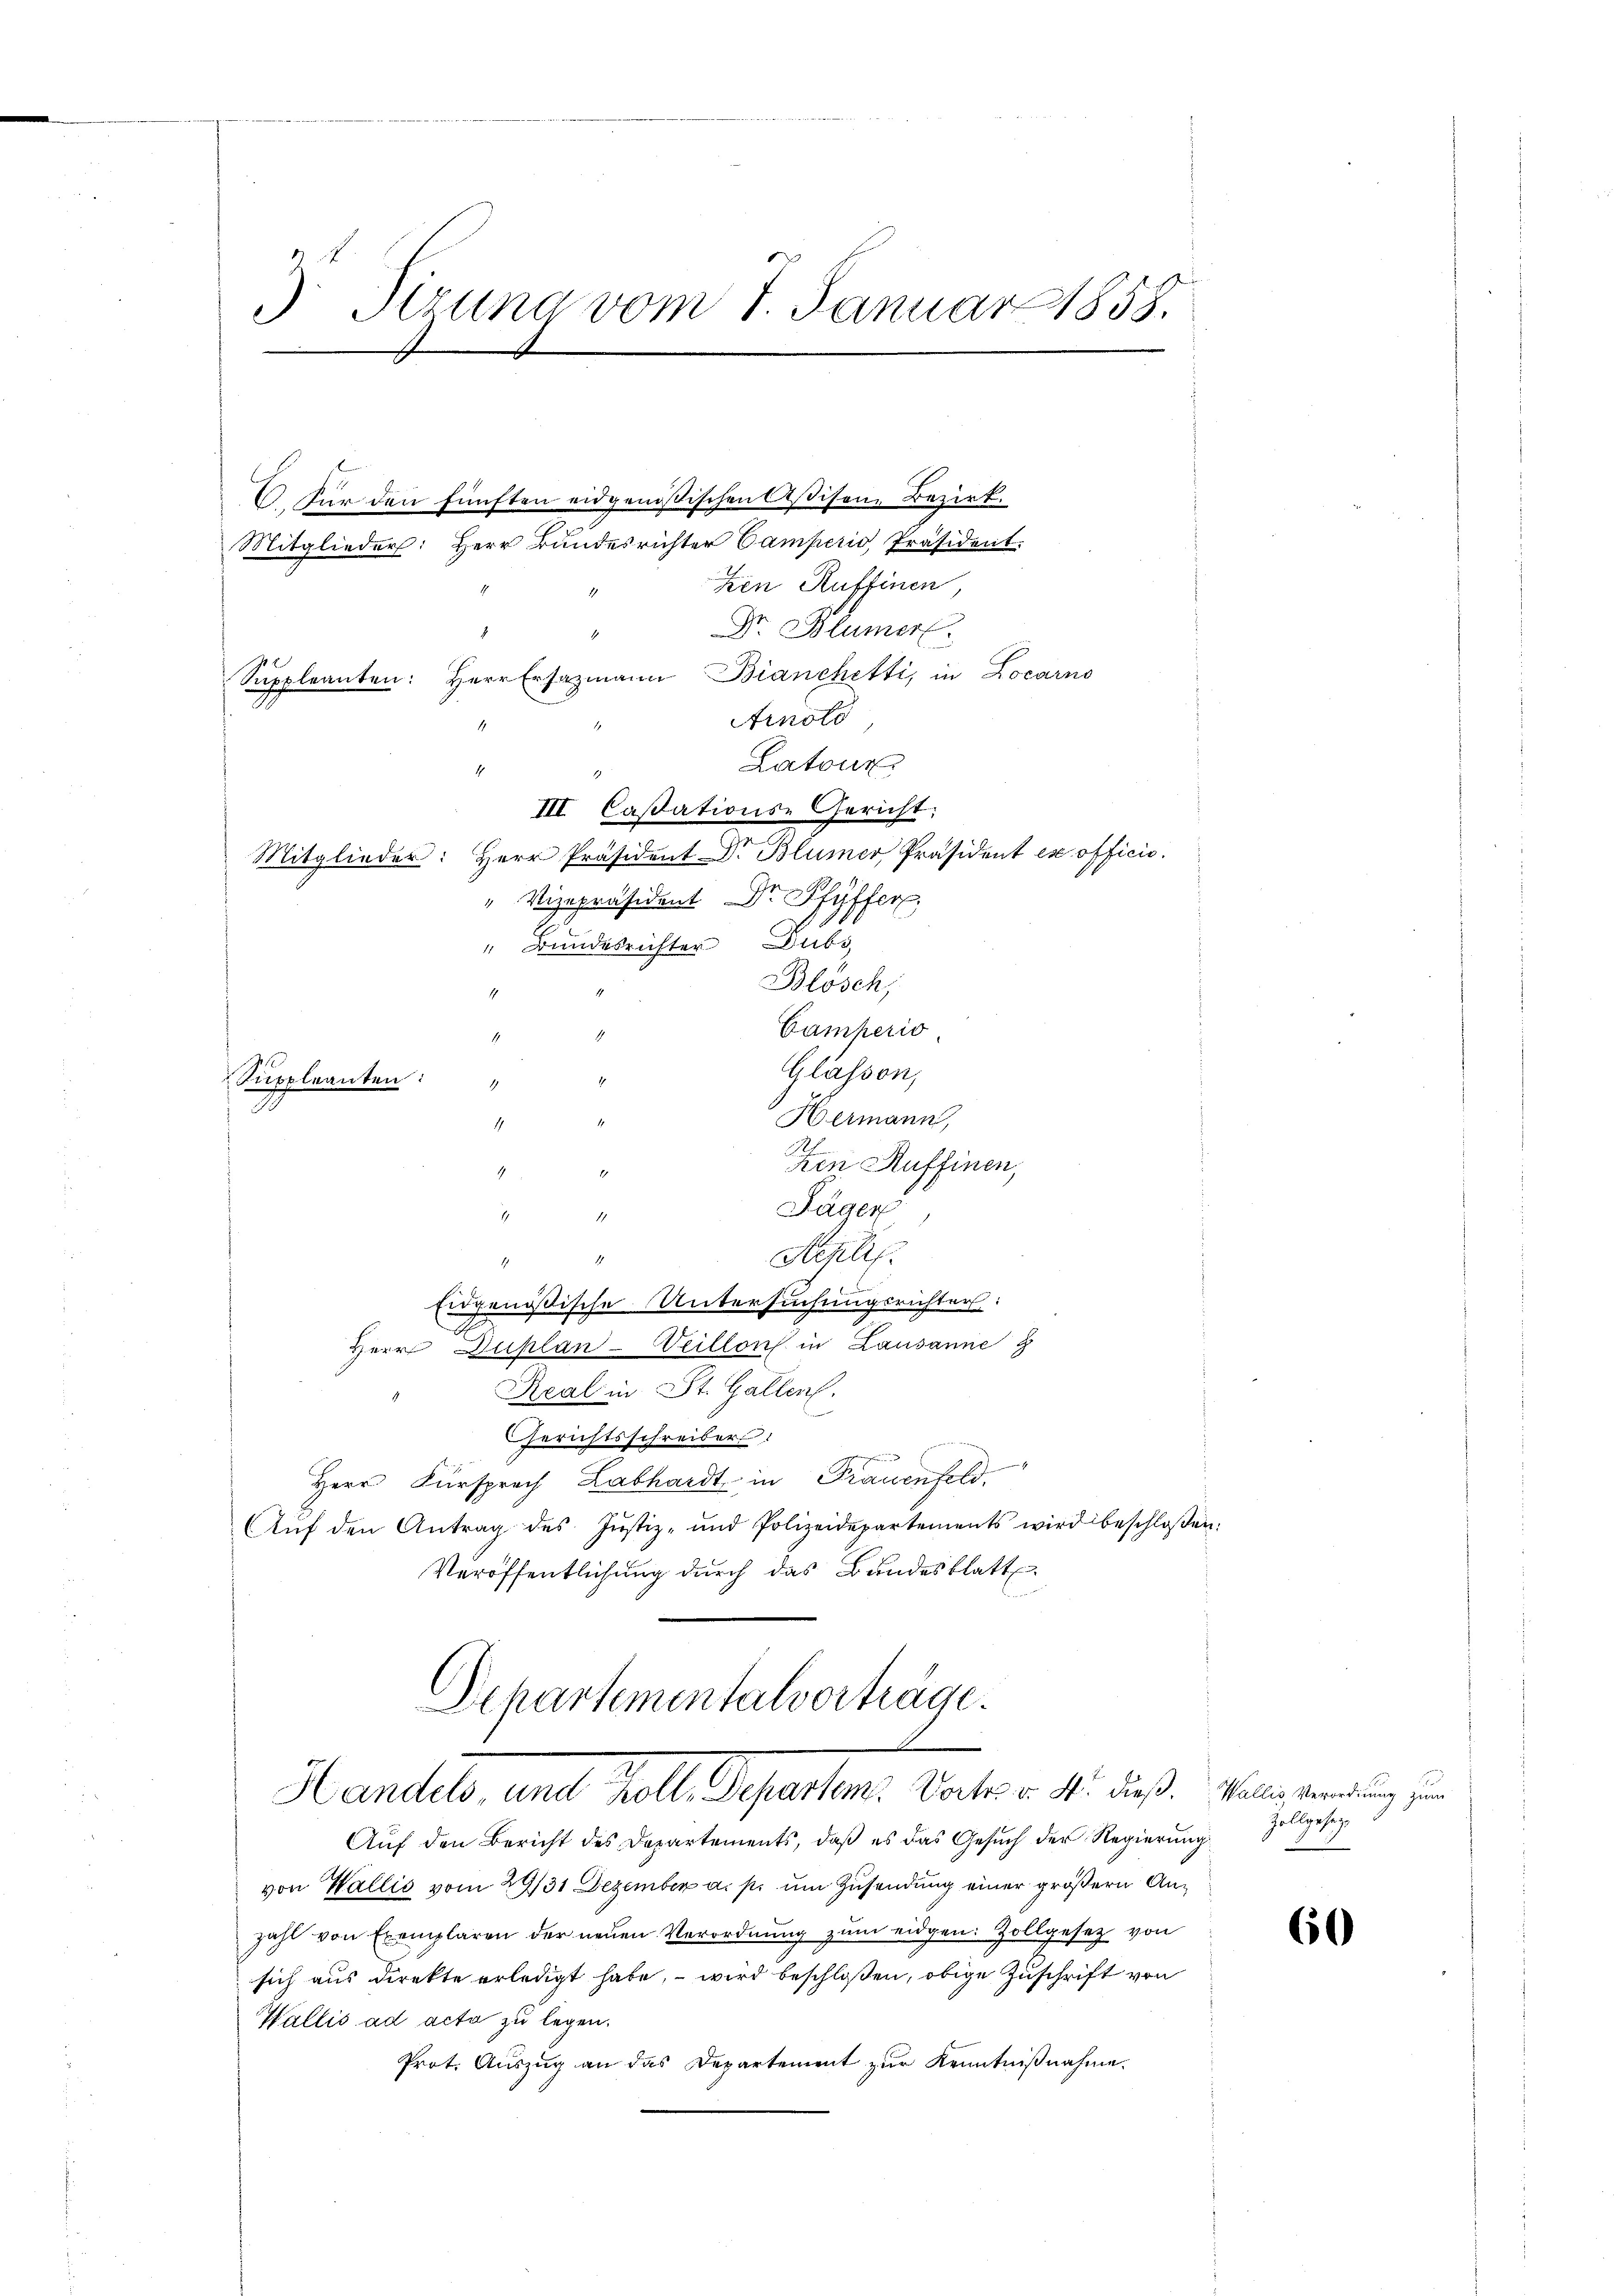
3. Tiruna vom 7. Januar 1858.
.

Zen Ruffinen,
Dr. Blümer
Arnold,
Latone
III Cassations-Gericht:
" Vizepräsident Dr. Pfyffer,
" Bundesrichter Dubs,
Blösch,
1
Camperio
Glassen,
Suppleanten:
.
Hermann,
1
.
ten Ruffinen,
2
1
Läger
1
Ackli
4
2
Eidgenössische Untersuchungsrichter:
Herr Duplan-Villons in Lausanne z
Real in St. Gallen.
Gerichtsschreiber
e
Herr Fürsprach Labhardt in Frauenfeld.
Aŭf den Antrag des Jŭstiz- und Polizeidepartements wird beschloßen:
Veröffentlichung durch das Bandesblatt

Mitglieder: Herr Bundesrichter Camperio Präsident.

Suppleanten: Herr Ersazmann Bianchetti, in Locarno
4
1.
Mitglieder: Herr Präsident Dr. Blümer Präsident ex officis.

6. Für den fünften eidgenößischen Aßisene Bezirk.

Auf den Bericht des Departements, daß es das Gesuch der Regierung
von Wallis vom 29/31 Dezember a. p. um Zusendung einer größern Anzahl von Exemplaren der neuen Verordnung zum eidgen. Zollgesetz von
sich aus direkte erledigt habe, – wird beschloßen, obige Zuschrift von
Wallis ad acta zu legen.
Prot. Auszug an das Departement zur Kenntnißnahme.

Departementalverträge.
Handelt, mit Soll Schatten. Satz. 18. des

Wallis, Verordnung zum
Zollgesez

60